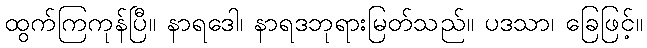
ထွက်ကြကုန်ပြီ။ နာရဒေါ၊ နာရဒဘုရားမြတ်သည်။ ပဒသာ၊ ခြေဖြင့်။